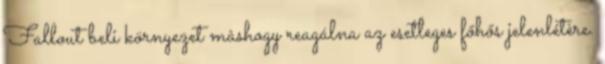
Fallout beli környezet màshogy reagálna az esetleges főhős jelenlétère.